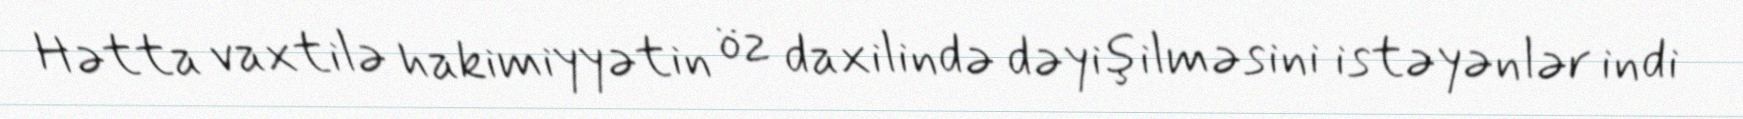
Hətta vaxtilə hakimiyyətin öz daxilində dəyişilməsini istəyənlər indi